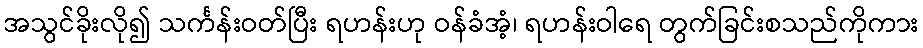
အသွင်ခိုးလို၍ သင်္ကန်းဝတ်ပြီး ရဟန်းဟု ဝန်ခံအံ့၊ ရဟန်းဝါရေ တွက်ခြင်းစသည်ကိုကား